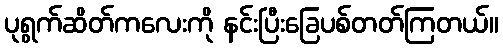
ပုရွက်ဆိတ်ကလေးကို နင်းပြီးခြေပစ်တတ်ကြတယ်။